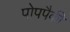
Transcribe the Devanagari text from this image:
पोपपैकी